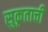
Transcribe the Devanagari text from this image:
सुकृताची